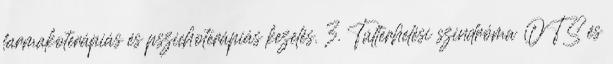
farmakoterápiás és pszichoterápiás kezelés. 3. Túlterhelési szindróma OTS és